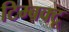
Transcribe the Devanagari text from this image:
टिम्बक्टू